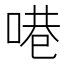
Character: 𪡝